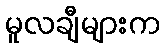
မူလချီများက